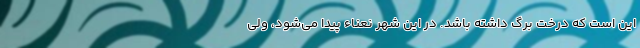
این است که درخت برگ داشته باشد. در این شهر نعناء پیدا می‌شود، ولی